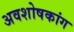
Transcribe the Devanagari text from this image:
अवशोषकांग